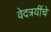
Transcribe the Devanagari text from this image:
वेदत्रयींचे